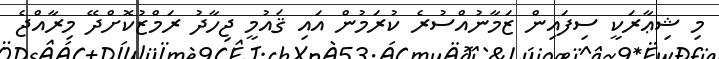
މި ޝިޢާރަކީ ސިފައިން ޒަމާނުއްސުރެ ކުރަމުން އައި ޤައުމީ ޖިހާދު ރަމްޒުކޮށްދޭ މިރާއްޖެ